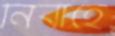
নির্বাহে